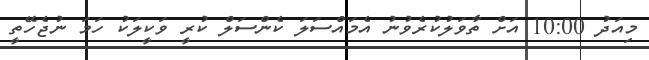
މިއަދު 10:00 އަށް ތާވަލުކުރެވުނު އެމައްސަލަ ކެންސަލް ކުރީ ވަކީލަކު ހަމަ ނުޖެހޭތީ